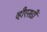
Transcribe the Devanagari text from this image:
व्हीएसडी